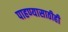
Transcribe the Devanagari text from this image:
पाहण्यासाठीही